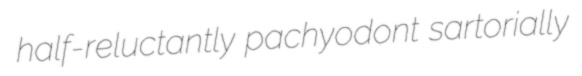
half-reluctantly pachyodont sartorially